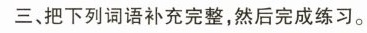
三、把下列词语补充完整，然后完成练习。